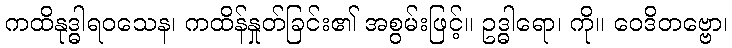
ကထိနုဒ္ဓါရဝသေန၊ ကထိန်နှုတ်ခြင်း၏ အစွမ်းဖြင့်။ ဥဒ္ဓါရော၊ ကို။ ဝေဒိတဗ္ဗော၊